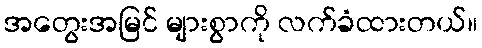
အတွေးအမြင် များစွာကို လက်ခံထားတယ်။